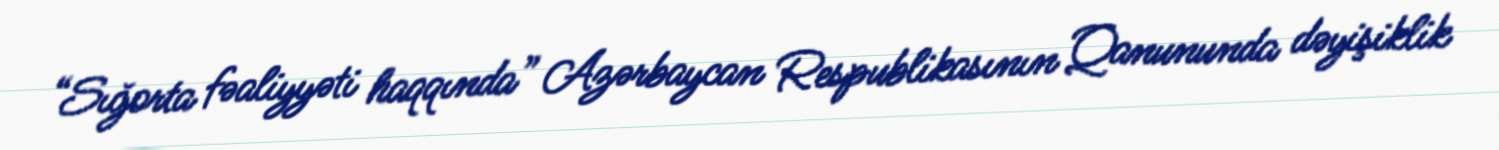
“Sığorta fəaliyyəti haqqında” Azərbaycan Respublikasının Qanununda dəyişiklik